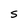
Character: S